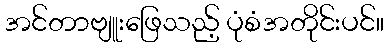
အင်တာဗျူးဖြေသည့် ပုံစံအတိုင်းပင်။